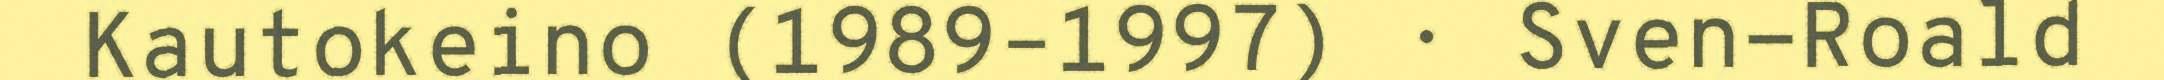
Kautokeino (1989–1997) · Sven-Roald